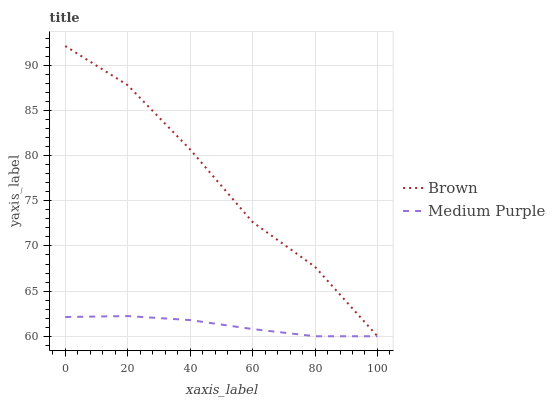
| xaxis_label | Brown | Medium Purple |
 | --- | --- | --- |
 | 0 | 92.1 | 62.1 |
 | 20 | 87.8 | 62.2 |
 | 40 | 80.7 | 61.8 |
 | 60 | 72.6 | 60.8 |
 | 80 | 67.7 | 60 |
 | 100 | 60 | 60 |